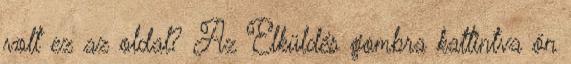
volt ez az oldal? Az Elküldés gombra kattintva ön